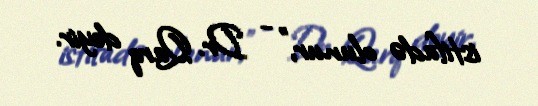
istifadə olunur,” - Dr. Qarq deyir.